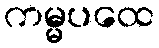
ကမ္မပထေ